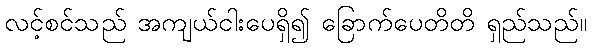
လင့်စင်သည် အကျယ်ငါးပေရှိ၍ ခြောက်ပေတိတိ ရှည်သည်။